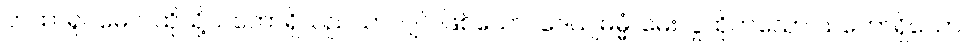
တထာရူပမေဝ၊ ထိုသို့သဘောရှိသည်သာလျှင် ဖြစ်သော။ ဒေယျဓမ္မံ၊ မေးလှူထိုက်သော သဘောရှိသော